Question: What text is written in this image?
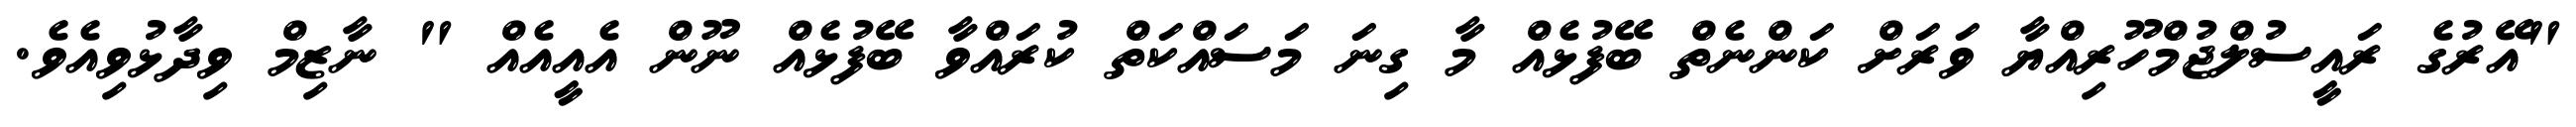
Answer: "އޭރުގެ ރައީސުލްޖުމްހޫރިއްޔާ ވަރަށް ކަންނެތް ބޭފުޅެއް މާ ގިނަ މަސައްކަތް ކުރައްވާ ބޭފުޅެއް ނޫން އެއީއެއް " ނާޒިމް ވިދާޅުވިއެވެ.